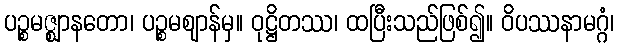
ပဉ္စမဇ္ဈာနတော၊ ပဉ္စမဈာန်မှ။ ဝုဋ္ဌိတဿ၊ ထပြီးသည်ဖြစ်၍။ ဝိပဿနာမဂ္ဂံ၊